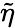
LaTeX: \tilde{\eta}